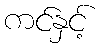
ကင်နှင့်